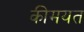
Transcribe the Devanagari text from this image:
कीमयत